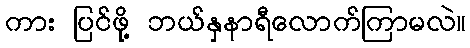
ကား ပြင်ဖို့ ဘယ်နှနာရီလောက်ကြာမလဲ။